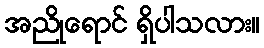
အညိုရောင် ရှိပါသလား။